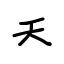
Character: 夭